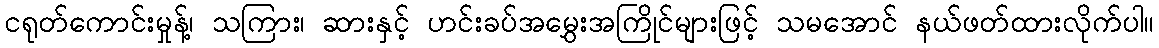
ငရုတ်ကောင်းမှုန့်၊ သကြား၊ ဆားနှင့် ဟင်းခပ်အမွှေးအကြိုင်များဖြင့် သမအောင် နယ်ဖတ်ထားလိုက်ပါ။